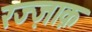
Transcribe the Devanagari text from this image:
रज्ज़ाक़